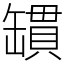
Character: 罆